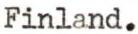
Finland.